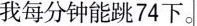
我每分钟能跳74下。